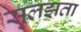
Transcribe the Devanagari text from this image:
सुलझता